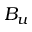
B _ { u }